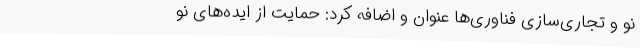
نو و تجاری‌سازی فناوری‌ها عنوان و اضافه کرد: حمایت از ایده‌های نو